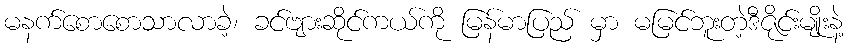
မနက်စောစောသာလာခဲ့၊ ခင်ဗျားဆိုင်ကယ်ကို မြန်မာပြည် မှာ မမြင်ဘူးတဲ့ဒီဇိုင်းမျိုးနဲ့